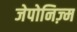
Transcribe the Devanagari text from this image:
जेपोनिज़्म